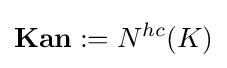
{\textbf {Kan}}:=N^{hc}(K)